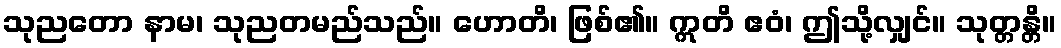
သုညတော နာမ၊ သုညတမည်သည်။ ဟောတိ၊ ဖြစ်၏။ ဣတိ ဧဝံ၊ ဤသို့လျှင်။ သုတ္တန္တိ။